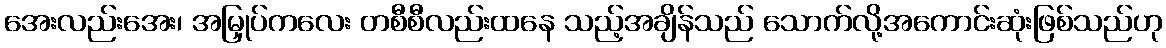
အေးလည်းအေး၊ အမြှုပ်ကလေး တစီစီလည်းထနေ သည့်အချိန်သည် သောက်လို့အကောင်းဆုံးဖြစ်သည်ဟု